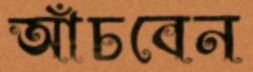
আঁচবেন